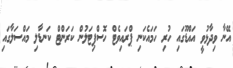
އޭނާ ވިދާޅުވީ އައްޑޫގައި ހުރި ހަމައެކަނި ޕްރައިވެޓް ހޮސްޕިޓަލުން ކަރަންޓް ކަނޑާލި މައްސަލާގައި